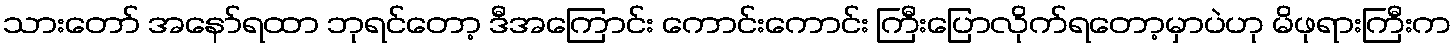
သားတော် အနော်ရထာ ဘုရင်တော့ ဒီအကြောင်း ကောင်းကောင်း ကြီးပြောလိုက်ရတော့မှာပဲဟု မိဖုရားကြီးက